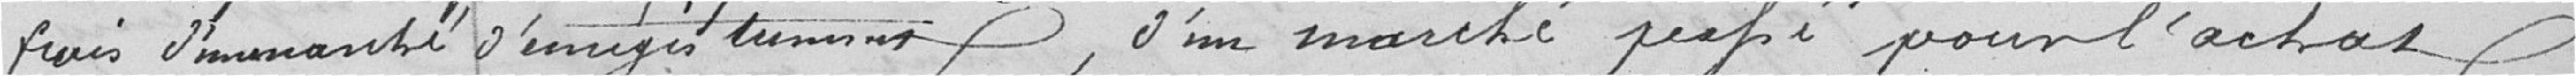
d'enregistrement, d'un marché   pour l'achat